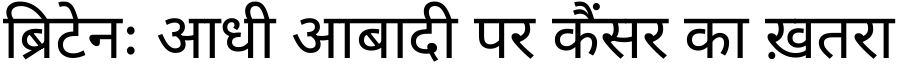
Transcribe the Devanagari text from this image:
ब्रिटेनः आधी आबादी पर कैंसर का ख़तरा